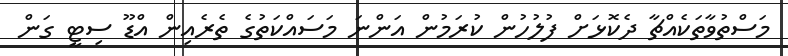
މަސްތުވާތަކެއްޗާ ދެކޮޅަށް ފުލުހުން ކުރަމުން އަންނަ މަސައްކަތުގެ ތެރެއިން އްޑޫ ސިޓީ ގަން